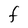
Character: F